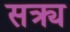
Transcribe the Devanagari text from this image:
सक्र्य